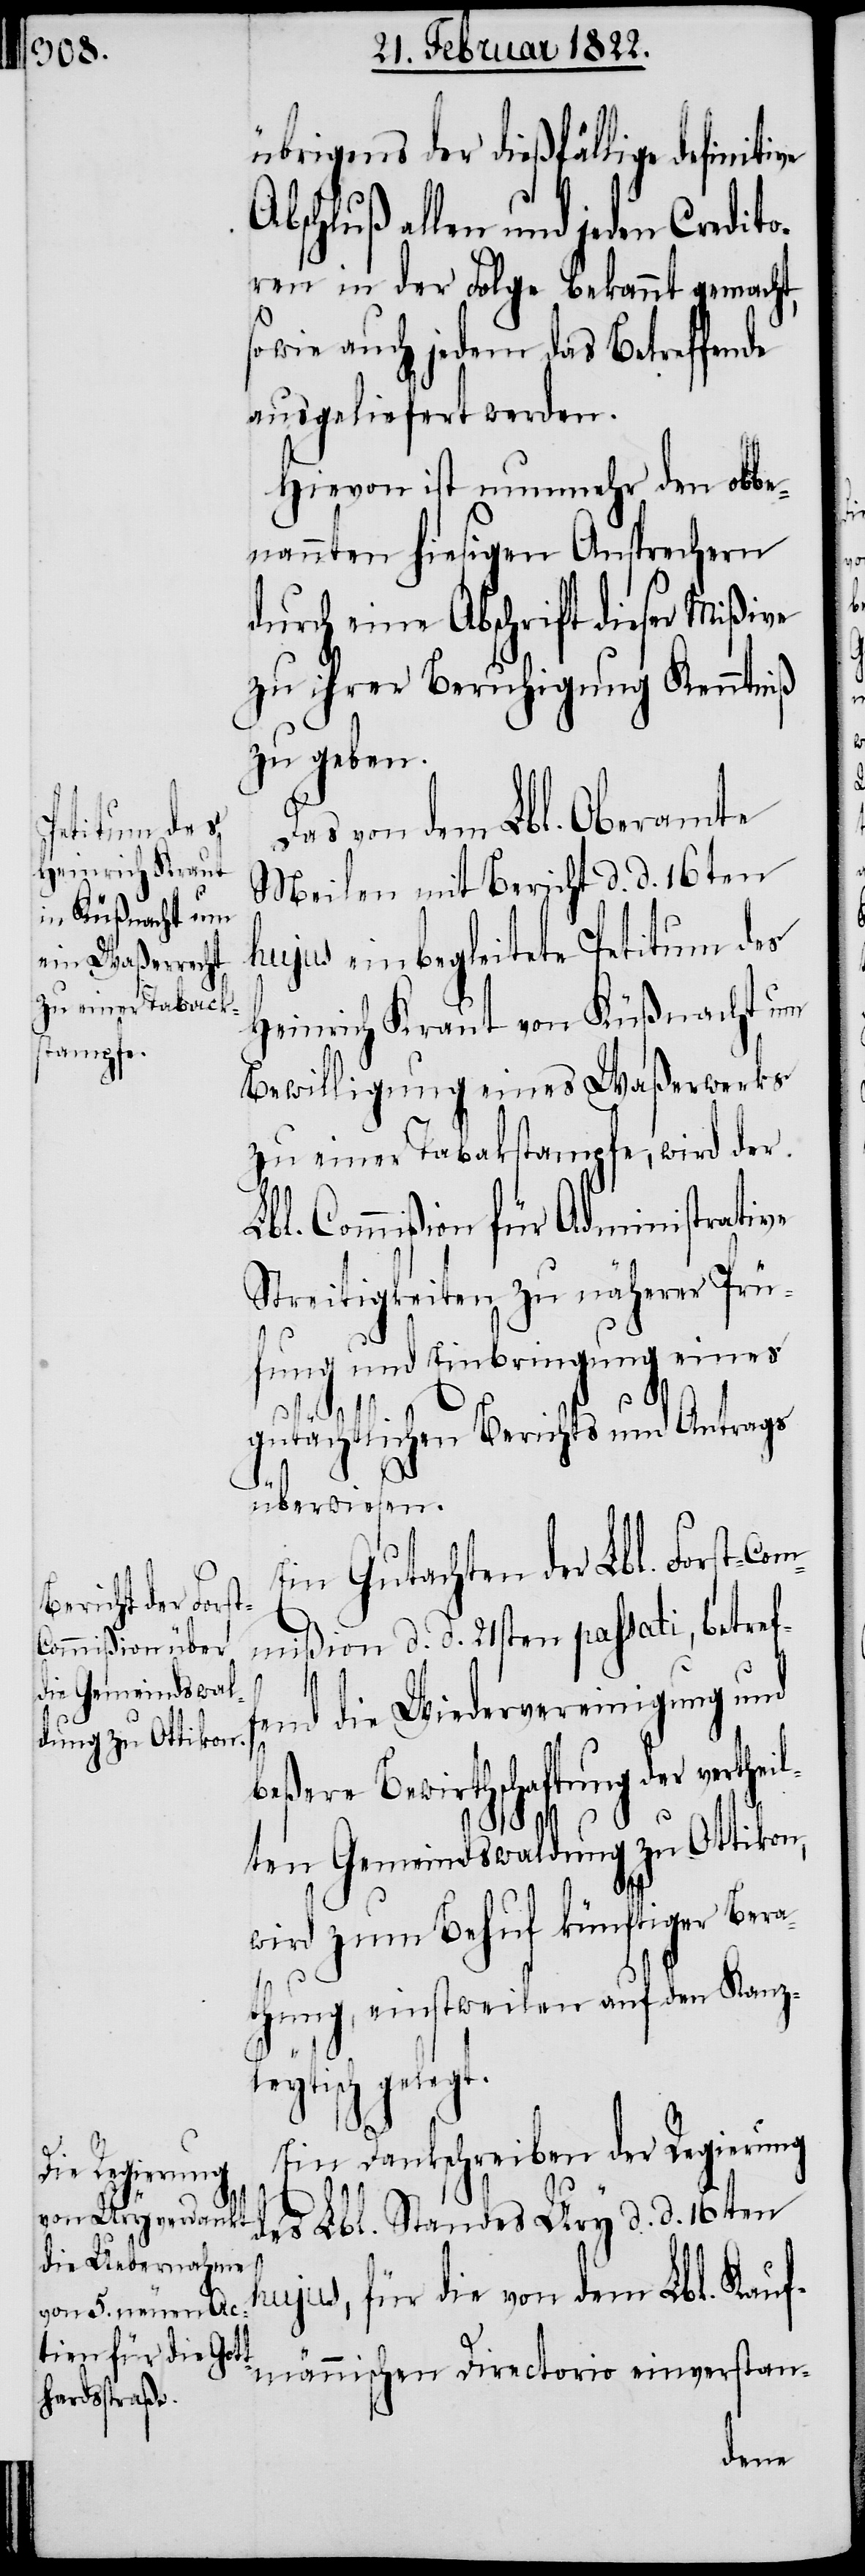
übrigens der dießfällige definiti¬
Abschluß allen und jeden Credito¬
ren in der Folge bekannt gemacht,
sowie auch jedem das Betreffende
ausgeliefert werden.
von dem Lbl. Oberamte
Meilen mit Bericht d. d. 16ten
hujus einbegleitete Petitum des
Heinrich Kraut von Küßnacht um
Bewilligung eines Waßerwerks
zu einer Tabakstampfe, wird der
Lbl. Commißion für Administrative
Streitigkeiten zu näherer Prü¬
fung und Einbringung eines
theil¬
gutächtlichen Berichts und Antrags
überwiesen.
Ein Gutachten der Lbl. Forst-Co¬
mmißion d. d. 21sten passati, betref¬
fend die Wiedervereinigung und
Bewirthschaftung der ver¬
ten Gemeindswaldung zu Ottikon,
wird zum Behuf künftiger Bera¬
thung, einstweilen auf den Kanz¬
leytisch gelegt.
Ein Dankschreiben der Regierung
des Lbl. Standes Ury d. d. 16ten
hujus, für die von dem Lbl. Kauf¬
männischen Directorio einverstan-